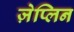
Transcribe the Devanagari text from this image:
ज़ेप्लिन